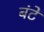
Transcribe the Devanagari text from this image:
बंटें